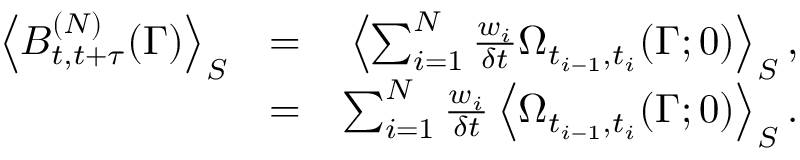
\begin{array} { r l r } { \left< B _ { t , t + \tau } ^ { ( N ) } ( \Gamma ) \right> _ { S } } & { = } & { \left< \sum _ { i = 1 } ^ { N } \frac { w _ { i } } { \delta t } \Omega _ { t _ { i - 1 } , t _ { i } } ( \Gamma ; 0 ) \right> _ { S } , } \\ & { = } & { \sum _ { i = 1 } ^ { N } \frac { w _ { i } } { \delta t } \left< \Omega _ { t _ { i - 1 } , t _ { i } } ( \Gamma ; 0 ) \right> _ { S } . } \end{array}